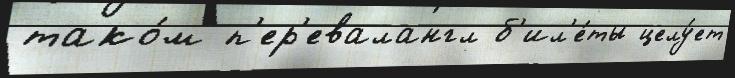
тако́м п'ер'евалангл б'ил'е́ты целу́ет